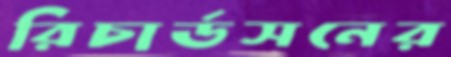
রিচার্ডসনের